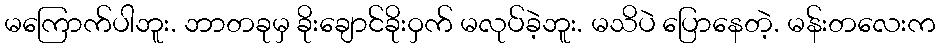
မကြောက်ပါဘူး. ဘာတခုမှ ခိုးချောင်ခိုးဝှက် မလုပ်ခဲ့ဘူး. မသိပဲ ပြောနေတဲ့. မန်းတလေးက